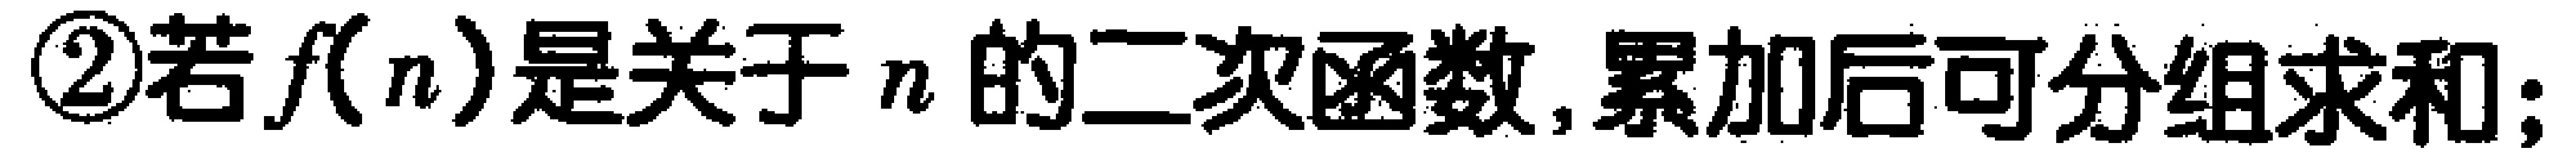
\textcircled{2}若\(f(n)\)是关于\(n\)的二次函数,累加后可分组求和;